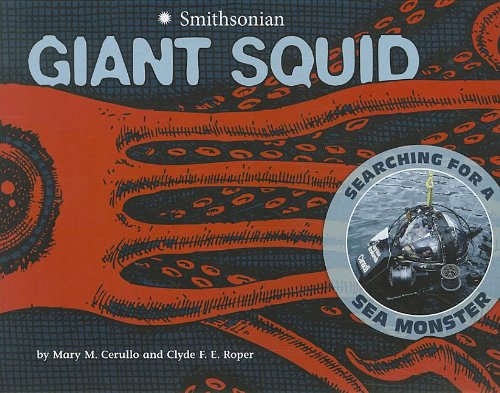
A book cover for Giant Squid: Searching for a Sea Monster (Smithsonian); Mary M Cerullo; Children's Books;